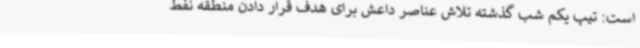
است: تیپ یکم شب گذشته تلاش عناصر داعش برای هدف قرار دادن منطقه نفط